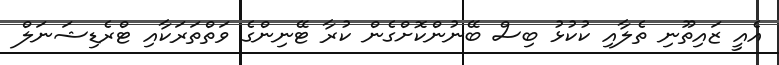
އެއީ ޒައިތޫނި ތެލާއި ކުކުޅު ބިސް ބޭނުންކޮށްގެން ކުރާ ޓޭނިންގެ ވަތްތަރަކާއި ޓްރެޑިޝަނަލް